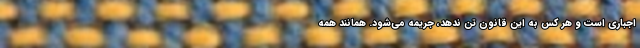
اجباری است و هر کس به این قانون تن ندهد، جریمه می‌شود. همانند همه